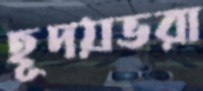
হূদয়ভরা